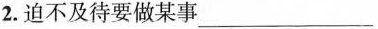
2.迫不及待要做某事___